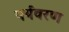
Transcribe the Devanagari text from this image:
पर्यवरण